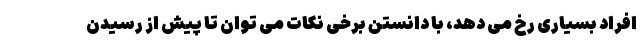
افراد بسیاری رخ می دهد، با دانستن برخی نکات می توان تا پیش از رسیدن